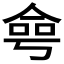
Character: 𠋒